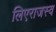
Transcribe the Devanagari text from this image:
लिएराजस्व